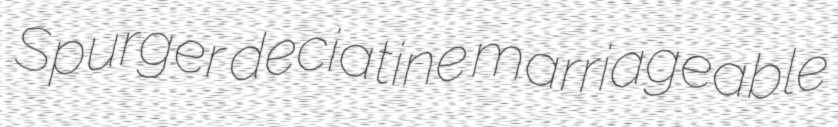
Spurger deciatine marriageable